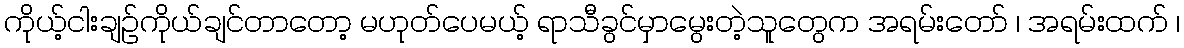
ကိုယ့်ငါးချဉ်ကိုယ်ချင်တာတော့ မဟုတ်ပေမယ့် ရာသီခွင်မှာမွေးတဲ့သူတွေက အရမ်းတော် ၊ အရမ်းထက် ၊